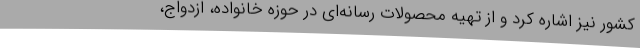
کشور نیز اشاره کرد و از تهیه محصولات رسانه‌ای در حوزه خانواده، ازدواج،